Lunatic asylums in Bengal annual reports 1912-1924 - 1912-1924
Year: 1912
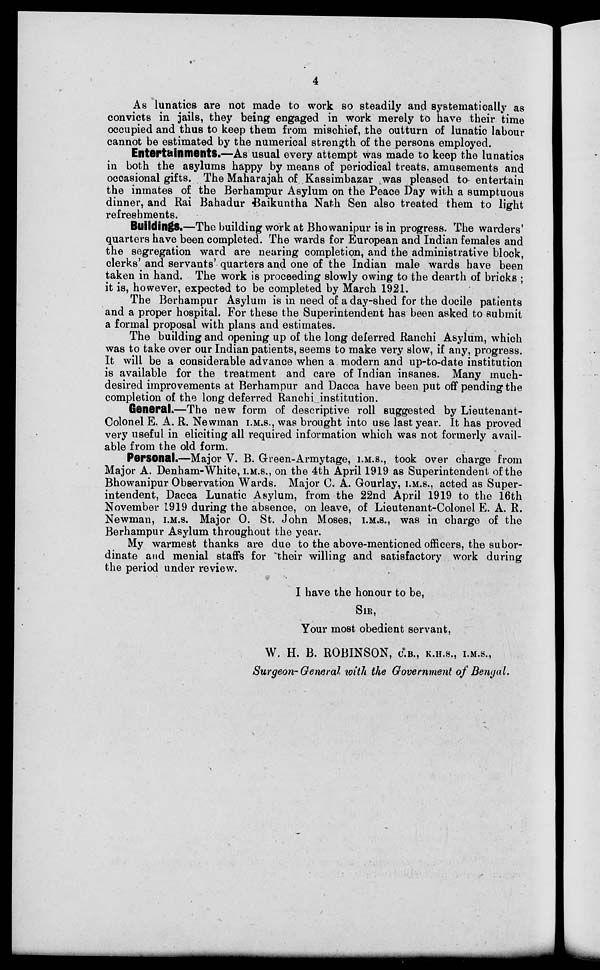
4
As lunatics are not made to work so steadily and systematically as
convicts in jails, they being engaged in work merely to have their time
occupied and thus to keep them from mischief, the outturn of lunatic labour
cannot be estimated by the numerical strength of the persons employed.
Entertainments.—As usual every attempt was made to keep the lunatics
in both the asylums happy by means of periodical treats amusements and
occasional gifts. The Maharajah of Kassimbazar was pleased to entertain
the inmates of the Berhampur Asylum on the Peace Day with a sumptuous
dinner, and Rai Bahadur Baikuntha Nath Sen also treated them to light
refreshments.
Buildings.—The building work at Bhowanipur is in progress. The warders'
quarters have been completed. The wards for European and Indian females and
the segregation ward are nearing completion, and the administrative block,
clerks' and servants' quarters and one of the Indian male wards have been
taken in hand. The work is proceeding slowly owing to the dearth of bricks ;
it is, however, expected to be completed by March 1921.
The Berhampur Asylum is in need of a day-shed for the docile patients
and a proper hospital. For these the Superintendent has been asked to submit
a formal proposal with plans and estimates.
The building and opening up of the long deferred Ranchi Asylum, which
was to take over our Indian patients, seems to make very slow, if any, progress.
It will be a considerable advance when a modern and up-to-date institution
is available for the treatment and care of Indian insanes. Many much-
desired improvements at Berhampur and Dacca have been put off pending the
completion of the long deferred Ranchi institution.
General—The new form of descriptive roll suggested by Lieutenant-
Colonel E. A. R. Newman I.M.S., was brought into use last year. It has proved
very useful in eliciting all required information which was not formerly avail-
able from the old form.
Personal.—Major V. B. Green-Armytage, I.M.S., took over charge from
Major A. Denham-White, I.M.S., on the 4th April 1919 as Superintendent of the
Bhowanipur Observation Wards. Major C. A. Gourlay, I.M.S., acted as Super-
intendent, Dacca Lunatic Asylum, from the 22nd April 1919 to the 16th
November 1919 during the absence, on leave, of Lieutenant-Colonel E. A. R.
Newman, I.M.S. Major O. St. John Moses, I.M.S., was in charge of the
Berhampur Asylum throughout the year.
My warmest thanks are due to the above-mentioned officers, the subor-
dinate and menial staffs for their willing and satisfactory work during
the period under review.
I have the honour to be,
SIR,
Your most obedient servant,
W. H. B. ROBINSON, C.B., K.H.S., I.M.S.,
Surgeon- General with the Government of Bengal.